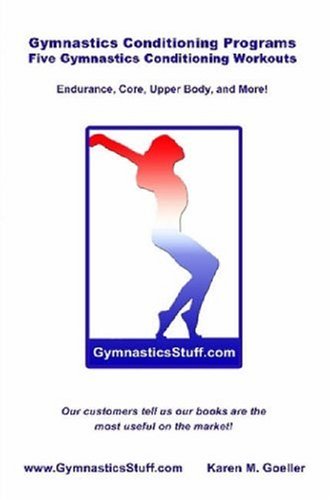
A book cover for Gymnastics Conditioning Programs: Five Conditioning Workouts!; Karen M. Goeller; Sports & Outdoors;